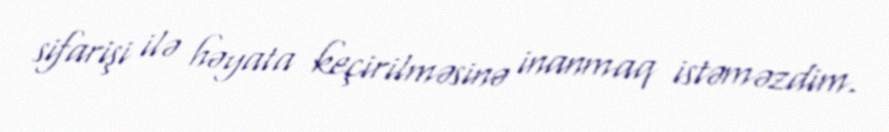
sifarişi ilə həyata keçirilməsinə inanmaq istəməzdim.